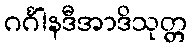
ဂင်္ဂါနဒီအာဒိသုတ္တ